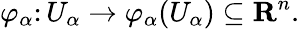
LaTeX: \varphi_{\alpha}\colon U_{\alpha}\to\varphi_{\alpha}(U_{\alpha})\subseteq\mathbf{R}^{n}.